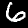
Label: 6